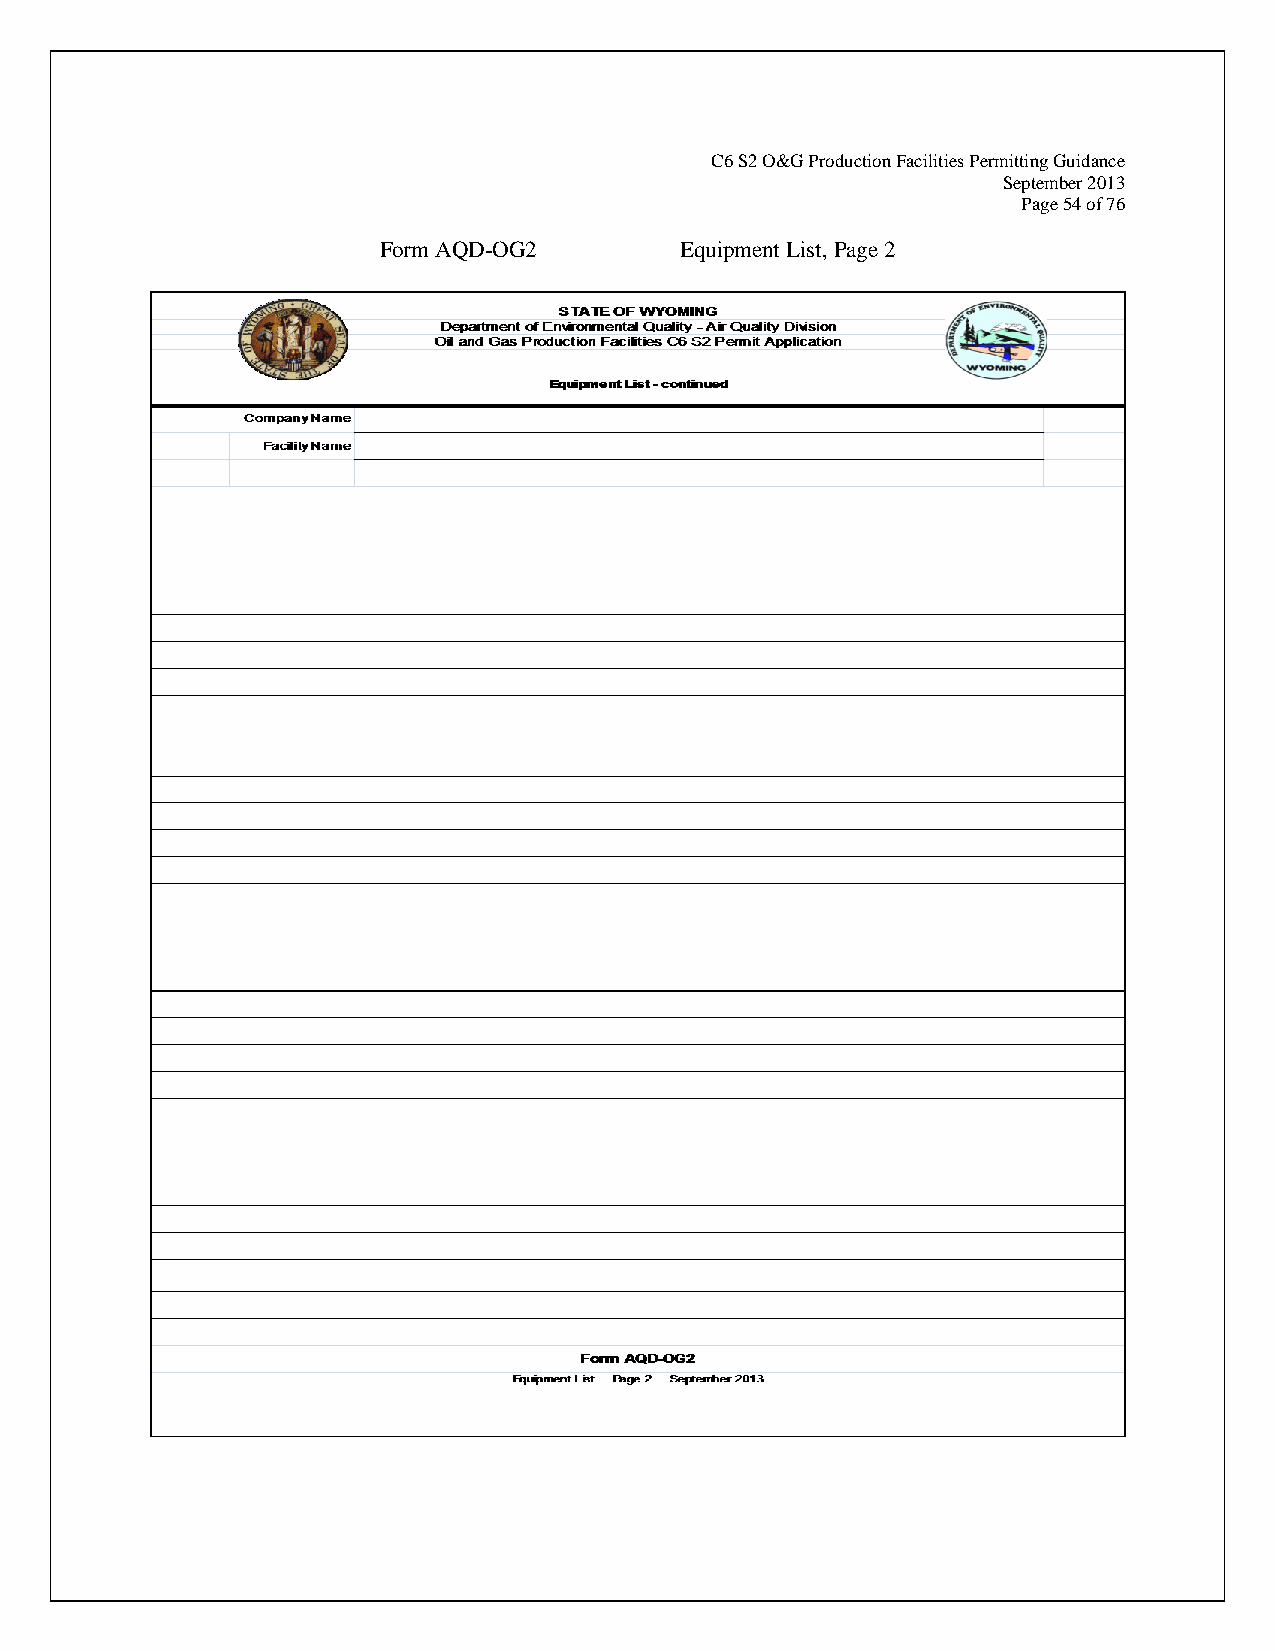
C6 S2 O&G Production Facilities Permitting Guidance
 September 2013
 Page 54 of 76
 Form AQD-OG2        Equipment List, Page 2